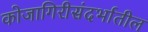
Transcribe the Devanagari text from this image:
कोजागिरीसंदर्भातील